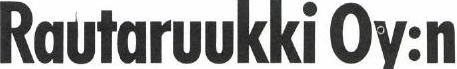
Rautaruukki Oy:n